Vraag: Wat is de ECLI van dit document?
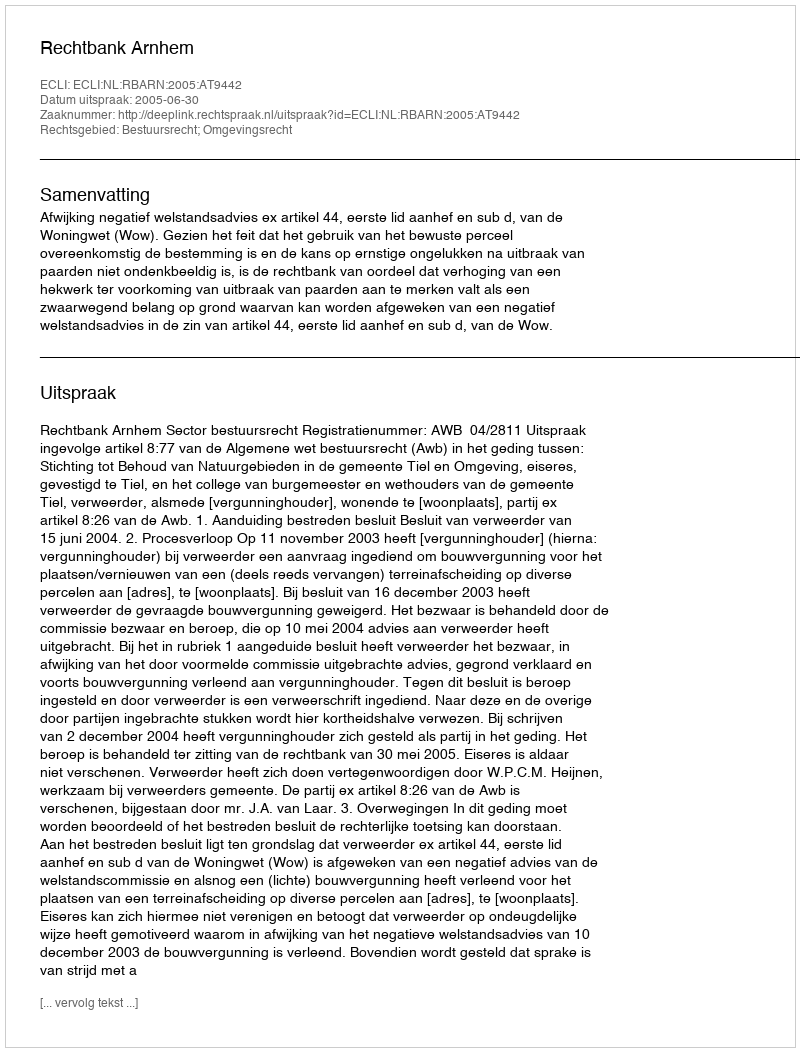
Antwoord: ECLI:NL:RBARN:2005:AT9442